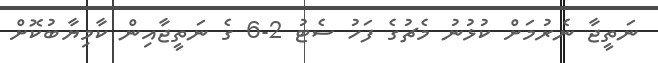
ނަތީޖާ ނެރުމަށް ކުޅުނު މެޗުގެ ފަހު ސެޓު 2-6 ގެ ނަތީޖާއިން ކާމިޔާބުކޮށް